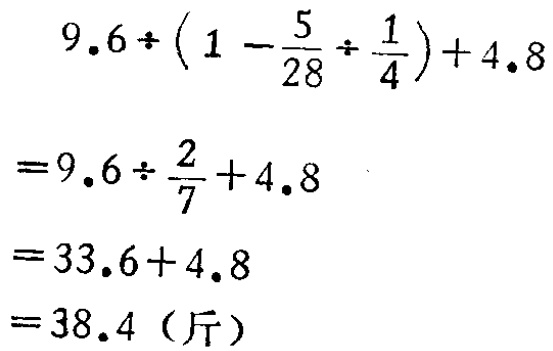
\[

\begin{align*}

&9.6\div(1 - \frac{5}{28}\div\frac{1}{4})+ 4.8\\

=&9.6\div\frac{2}{7}+ 4.8\\

=&33.6 + 4.8\\

=&38.4 \text{（斤）}

\end{align*}

\]